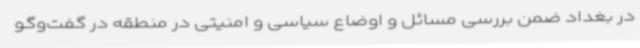
در بغداد ضمن بررسی مسائل و اوضاع سیاسی و امنیتی در منطقه در گفت‌وگو